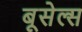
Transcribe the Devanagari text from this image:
बूसेल्स